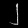
Digit: ၂